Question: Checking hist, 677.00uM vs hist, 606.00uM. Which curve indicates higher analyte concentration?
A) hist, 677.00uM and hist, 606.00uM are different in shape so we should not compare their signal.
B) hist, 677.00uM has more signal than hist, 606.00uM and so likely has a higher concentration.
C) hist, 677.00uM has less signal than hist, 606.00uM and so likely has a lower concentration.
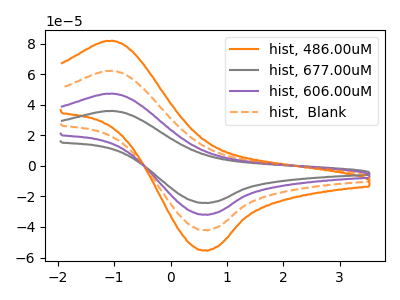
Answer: <think>The orange curve "hist, 486.00uM" has an anodic peak at (-1.05V, 141.50uA) and a cathodic peak at (0.60V, -95.60uA). The gray curve "hist, 677.00uM" has an anodic peak at (-1.05V, 35.85uA) and a cathodic peak at (0.60V, -24.20uA). The purple curve "hist, 606.00uM" has an anodic peak at (-1.05V, 47.15uA) and a cathodic peak at (0.60V, -31.85uA). The orange dashed curve "hist,  Blank" has an anodic peak at (-1.05V, 94.35uA) and a cathodic peak at (0.60V, -63.75uA).
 All the peaks in "hist, 677.00uM" have a peak in "hist, 606.00uM" at the same potential. Every peak in "hist, 677.00uM" is lower than every peak in "hist, 606.00uM".</think>
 <answer>C) "hist, 677.00uM" has less signal than "hist, 606.00uM" and so likely has a lower concentration.</answer>
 <eval>C</eval>